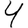
Digit: 4